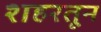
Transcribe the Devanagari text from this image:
शहरतून